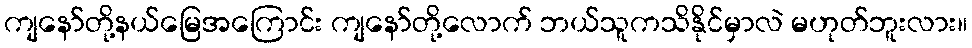
ကျနော်တို့နယ်မြေအကြောင်း ကျနော်တို့လောက် ဘယ်သူကသိနိုင်မှာလဲ မဟုတ်ဘူးလား။